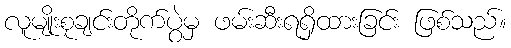
လူမျိုးစုချင်းတိုက်ပွဲမှ ဖမ်းဆီးရရှိထားခြင်း ဖြစ်သည်။